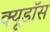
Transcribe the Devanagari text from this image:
क्यूडॉस